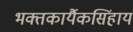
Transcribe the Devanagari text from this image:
भक्तकार्यैकसिंहाय